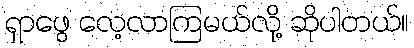
ရှာဖွေ လေ့လာကြမယ်လို့ ဆိုပါတယ်။